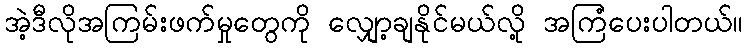
အဲ့ဒီလိုအကြမ်းဖက်မှုတွေကို လျှော့ချနိုင်မယ်လို့ အကြံပေးပါတယ်။